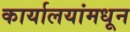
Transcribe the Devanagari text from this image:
कार्यालयांमधून